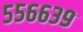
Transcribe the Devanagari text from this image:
५५६६३९